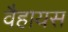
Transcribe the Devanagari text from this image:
वैहायस